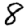
Digit: 8